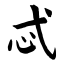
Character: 忒